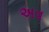
અવ